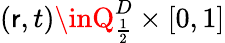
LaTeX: (\mathsf{r},t)\inQ_{\frac{{1}}{{2}}}^{D}\times[0,1]